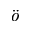
\ddot { o }